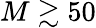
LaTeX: M\gtrsim 50